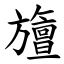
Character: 旜